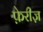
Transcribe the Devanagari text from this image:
फ़ेरीज़